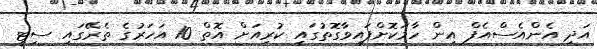
އަދި އެންއެސްއެފް އިން ހާމަކޮށްފައިވާގޮތުގައި ކުރިއަށް އޮތް 10 އަހަރުގެ ތެރޭގައި ސިޓީ